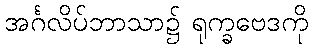
အင်္ဂလိပ်ဘာသာ၌ ရုက္ခဗေဒကို